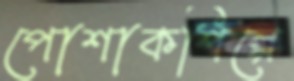
পোশাকশিল্পে